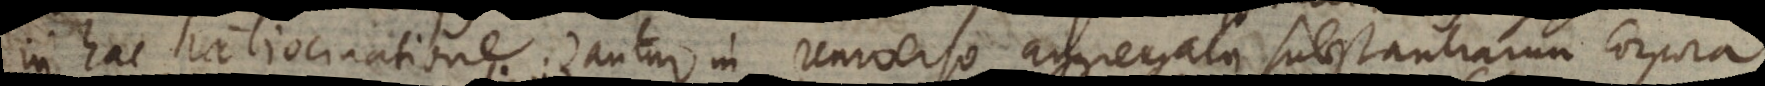
in hac ratiocinatione. Dantur in universo aggregata substantiarum corpora